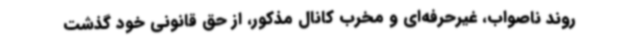
روند ناصواب، غیرحرفه‌ای و مخرب کانال مذکور، از حق قانونی خود گذشت